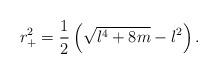
LaTeX: \begin{align*}r_+^2=\frac{1}{2}\left(\sqrt{l^4+8m}-l^2\right).\end{align*}